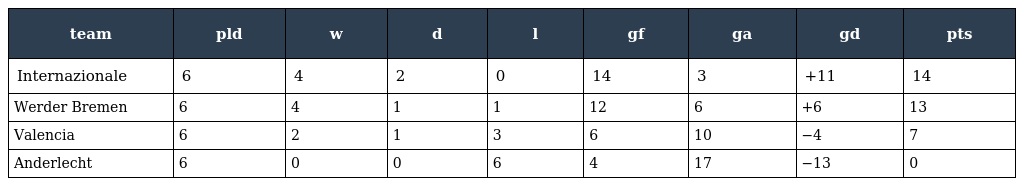
| team | pld | w | d | l | gf | ga | gd | pts |
 | --- | --- | --- | --- | --- | --- | --- | --- | --- |
 | Internazionale | 6 | 4 | 2 | 0 | 14 | 3 | +11 | 14 |
 | Werder Bremen | 6 | 4 | 1 | 1 | 12 | 6 | +6 | 13 |
 | Valencia | 6 | 2 | 1 | 3 | 6 | 10 | −4 | 7 |
 | Anderlecht | 6 | 0 | 0 | 6 | 4 | 17 | −13 | 0 |